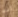
انه